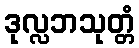
ဒုလ္လဘသုတ္တံ